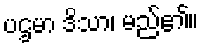
ပဌမာ ဒိသာ၊ မည်၏။